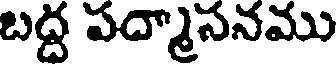
బద్ద పద్మాసనము